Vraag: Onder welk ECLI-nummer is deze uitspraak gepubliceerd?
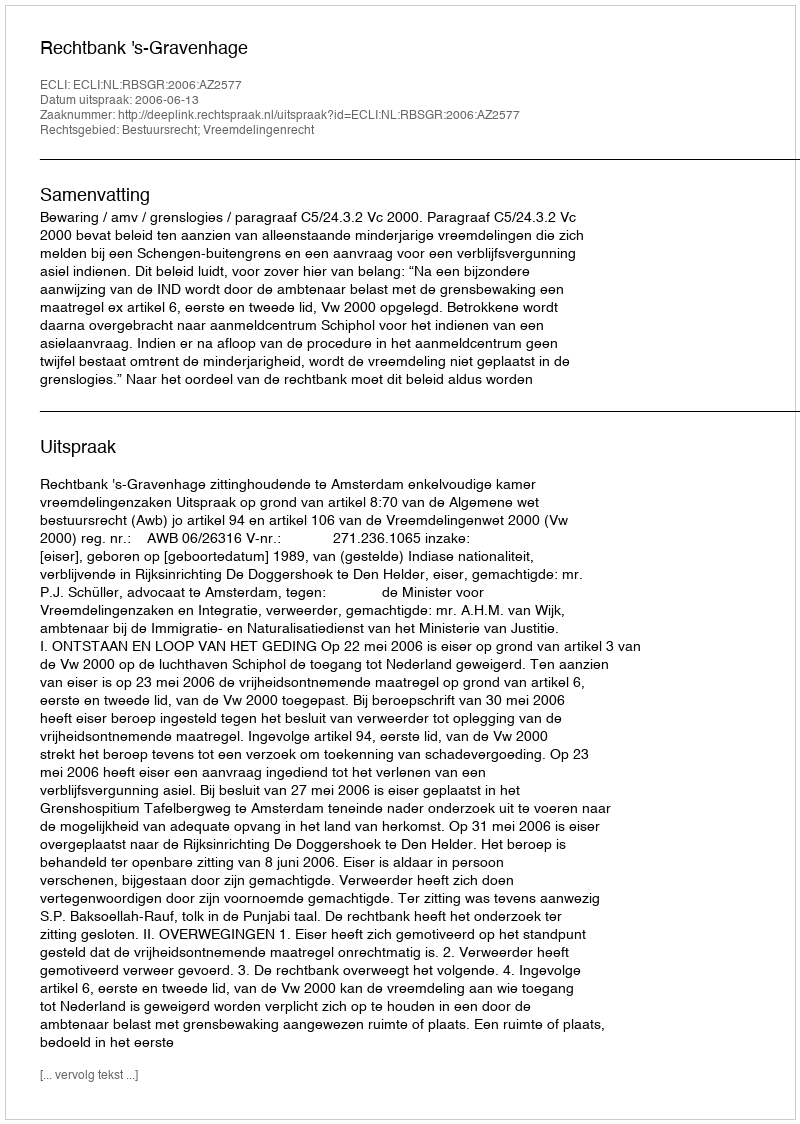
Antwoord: ECLI:NL:RBSGR:2006:AZ2577